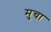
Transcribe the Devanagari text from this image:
मुचा